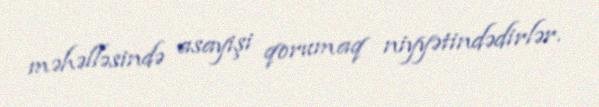
məhəlləsində asayişi qorumaq niyyətindədirlər.